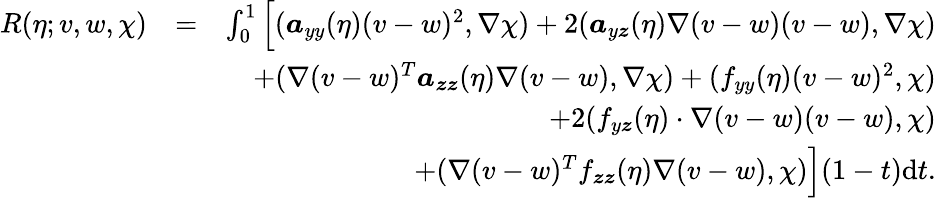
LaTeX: \begin{array}{rlr}{R(\eta;v,w,\chi)}&{=}&{\int_{0}^{1}\Big[(\boldsymbol{a}_{yy}(\eta)(v-w)^{2},\nabla\chi)+2(\boldsymbol{a}_{y\boldsymbol{z}}(\eta)\nabla(v-w)(v-w),\nabla\chi)}\\ &{}&{+(\nabla(v-w)^{T}\boldsymbol{a}_{\boldsymbol{zz}}(\eta)\nabla(v-w),\nabla\chi)+(f_{yy}(\eta)(v-w)^{2},\chi)}\\ &{}&{+2(f_{y\boldsymbol{z}}(\eta)\cdot\nabla(v-w)(v-w),\chi)}\\ &{}&{+(\nabla(v-w)^{T}f_{\boldsymbol{zz}}(\eta)\nabla(v-w),\chi)\Big](1-t)\mathrm{d}t.}\end{array}